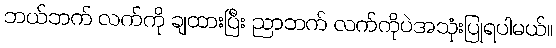
ဘယ်ဘက် လက်ကို ချထားပြီး ညာဘက် လက်ကိုပဲအသုံးပြုရပါမယ်။